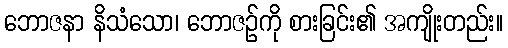
ဘောဇနာ နိသံသော၊ ဘောဇဉ်ကို စားခြင်း၏ အကျိုးတည်း။